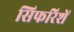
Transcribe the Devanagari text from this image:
सिफरिशें